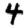
Digit: 4